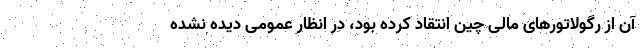
آن از رگولاتورهای مالی چین انتقاد کرده بود، در انظار عمومی دیده نشده